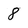
Character: 8